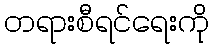
တရားစီရင်ရေးကို